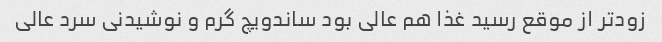
زود‌تر از موقع رسید غذا هم عالی بود ساندویچ گرم و نوشیدنی سرد عالی